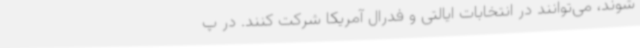
شوند، می‌توانند در انتخابات ایالتی و فدرال آمریکا شرکت کنند. در پ